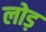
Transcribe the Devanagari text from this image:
लोड़